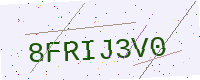
Text: 8FRIJ3V0